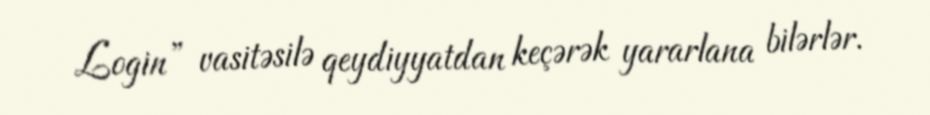
Login” vasitəsilə qeydiyyatdan keçərək yararlana bilərlər.